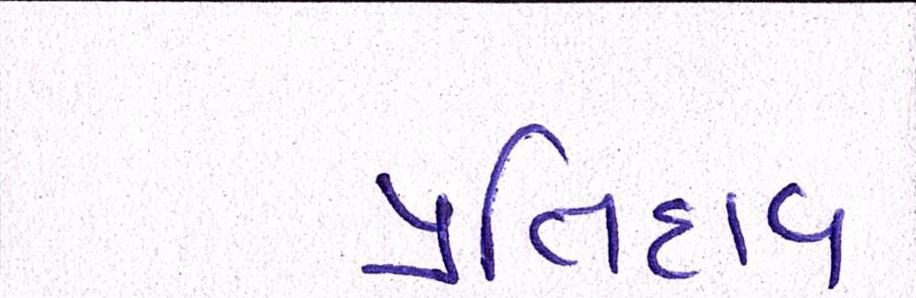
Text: પ્રતિદાવા